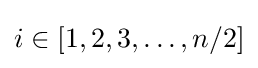
i\in [1,2,3,\dots ,n/2]